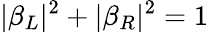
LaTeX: |\beta_{L}|^{2}+|\beta_{R}|^{2}=1